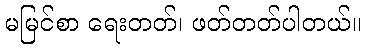
မမြင်စာ ရေးတတ်၊ ဖတ်တတ်ပါတယ်။